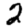
Digit: 2